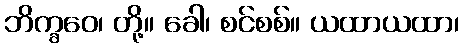
ဘိက္ခဝေ၊ တို့။ ခေါ၊ စင်စစ်။ ယထာယထာ၊